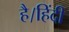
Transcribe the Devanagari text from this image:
है।हिंदी